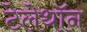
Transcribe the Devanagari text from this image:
टेलेथॉन